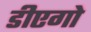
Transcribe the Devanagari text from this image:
डीएगो